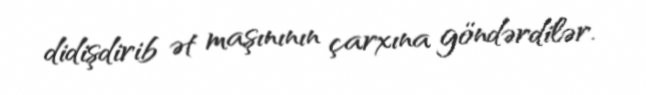
didişdirib ət maşınının çarxına göndərdilər.